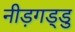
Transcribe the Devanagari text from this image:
नीड़गड्डु